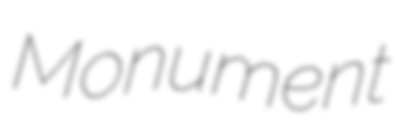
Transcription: Monument